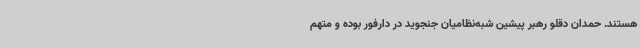
هستند. حمدان دقلو رهبر پیشین شبه‌نظامیان جنجوید در دارفور بوده و متهم